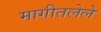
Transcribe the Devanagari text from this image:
मागीतलेले